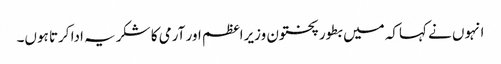
انہوں نے کہاکہ میں بطور پختون وزیراعظم اور آرمی کا شکریہ ادا کرتا ہوں۔